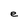
Character: e